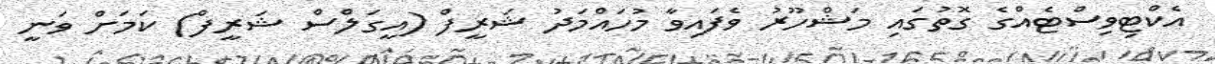
އެކްޓިިވިސްޓެއްގެ ގޮތުގައި މަޝްހޫރު ވެފައިވާ މުހައްމަދު ޝަރީފް (އީގަލްސް ޝަރީފް) ކަމަށް ވަނީ